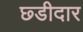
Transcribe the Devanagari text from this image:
छ्डीदार